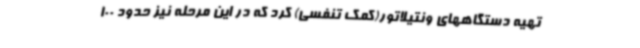
تهیه دستگاههای ونتیلاتور(کمک تنفسی) کرد که در این مرحله نیز حدود 100